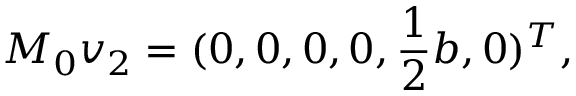
M _ { 0 } \boldsymbol { v } _ { 2 } = ( 0 , 0 , 0 , 0 , \frac { 1 } { 2 } b , 0 ) ^ { T } ,